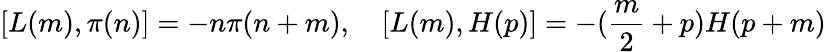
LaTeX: [L(m),\pi(n)]=-n\pi(n+m),\quad[L(m),H(p)]=-(\frac{m}{2}+p)H(p+m)